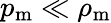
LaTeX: p_{\mathrm m}\ll\rho_{{\mathrm m}}